Civil Veterinary Dept. Bombay admin report 1932-41 - 1932-1941
Year: 1932
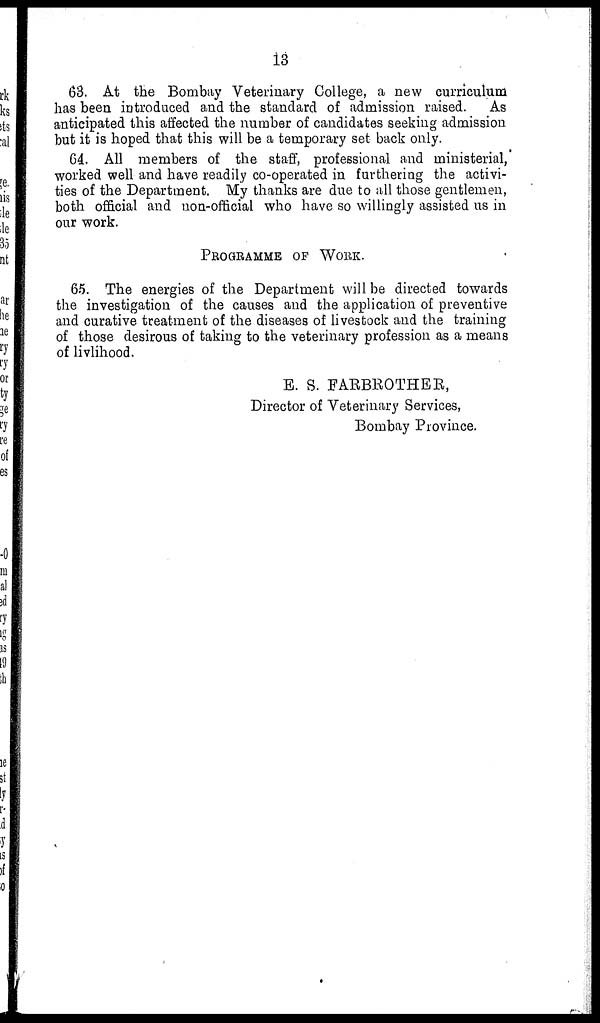
13
63. At the Bombay Veterinary College, a new curriculum
has been introduced and the standard of admission raised.
As
anticipated this affected the number of candidates seeking admission
but it is hoped that this will be a temporary set back only.
64. All members of the staff, professional and ministerial,
worked well- and have readily co-operated in furthering the activi-
ties of the Department. My thanks are due to all those gentlemen,
both official and non-official who have so willingly assisted us in
our work.
PROGRAMME OF WORK.
65. The energies of the Department will be directed towards
the investigation of the causes and the application of preventive
and curative treatment of the diseases of livestock and the training
of those desirous of taking to the veterinary profession as a means
of livlihood.
E. S. FARBROTHER,
Director of Veterinary Services,
Bombay Province.